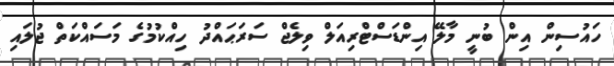
ހައުސިން އިން ބުނީ މާލޭ އިންޑަސްޓްރިއަލް ވިލެޖް ސަރަޙައްދު ހިއްކުމުގެ މަސައްކަތް ޖުލައި